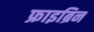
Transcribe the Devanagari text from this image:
फ्राइब्रिन